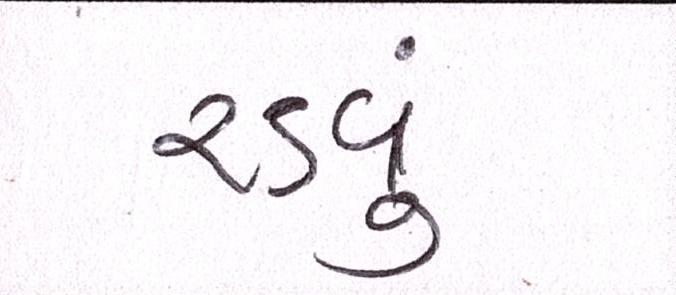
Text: રડવું